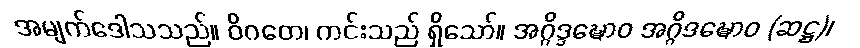
အမျက်ဒေါသသည်။ ဝိဂတေ၊ ကင်းသည် ရှိသော်။ အဂ္ဂိဒ္ဒဍ္ဎောဝ အဂ္ဂိဒဍ္ဎောဝ (ဆဋ္ဌ)၊